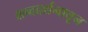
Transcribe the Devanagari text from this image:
शब्ददर्शनातून